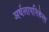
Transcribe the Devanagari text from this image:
अर्थलापनिकेला